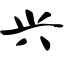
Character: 兴